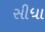
સીધા